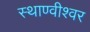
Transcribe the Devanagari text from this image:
स्थाण्वीश्वर